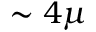
\sim 4 \mu